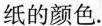
纸的颜色.